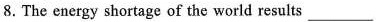
8.The energy shortage of the world results